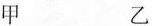
甲 乙